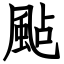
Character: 颭